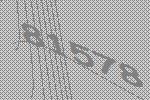
81578